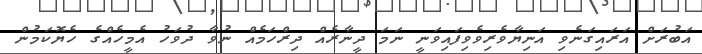
އަބުރަށް އަރައިގަނެވި އަނިޔާވެރިވެވިފައިވަނީ ނަމަ ދީނާރެއް ދިރްހަމެއް ނުވާ ދުވަހު އެމީހެއްގެ ހެޔޮކަމުން